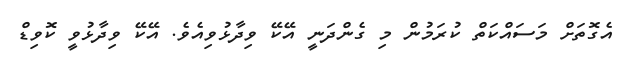
އެގޮތަށް މަސައްކަތް ކުރަމުން މި ގެންދަނީ އޭކޭ ވިދާޅުވިއެވެ. އޭކޭ ވިދާޅުވީ ކޮވިޑް